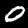
Label: 0